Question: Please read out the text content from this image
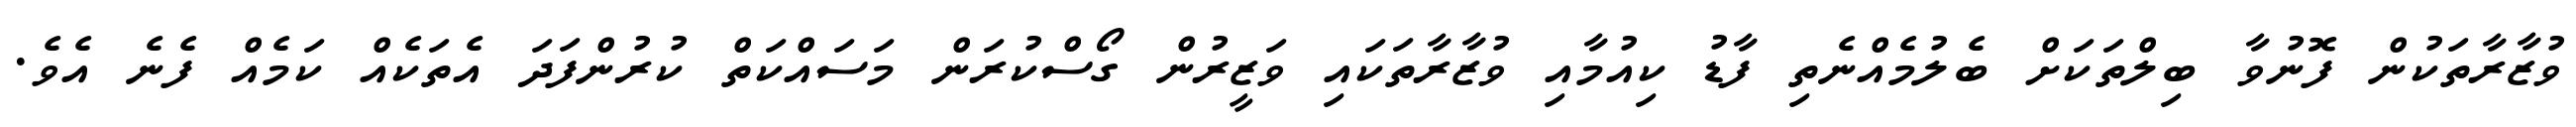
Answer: ވުޒާރާތަކުން ފޮނުވާ ބިލްތަކަށް ބެލުމެއްނެތި ފާޑު ކިއުމާއި ވުޒާރާތަކައި ވަޒީރުން ގޯސްކުރަން މަސައްކަތް ކުރުންފަދަ އެތަކެއް ކަމެއް ފެނެ އެވެ.